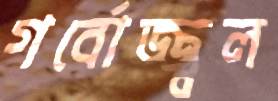
গর্বোজ্জ্বল